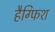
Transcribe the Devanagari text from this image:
हैग्फिश